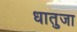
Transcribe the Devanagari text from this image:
धातुजा